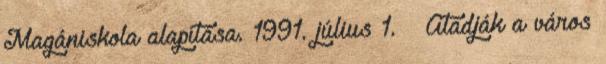
Magániskola alapítása. 1991. július 1. – Átadják a város